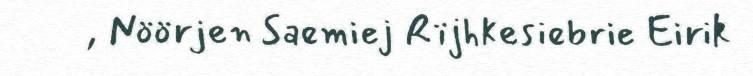
, Nöörjen Saemiej Rïjhkesiebrie Eirik